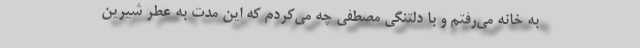
به خانه می‌رفتم و با دلتنگی مصطفی چه می‌کردم که این مدت به عطر شیرین